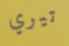
تيري